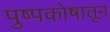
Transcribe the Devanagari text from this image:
पुष्पकोषातून